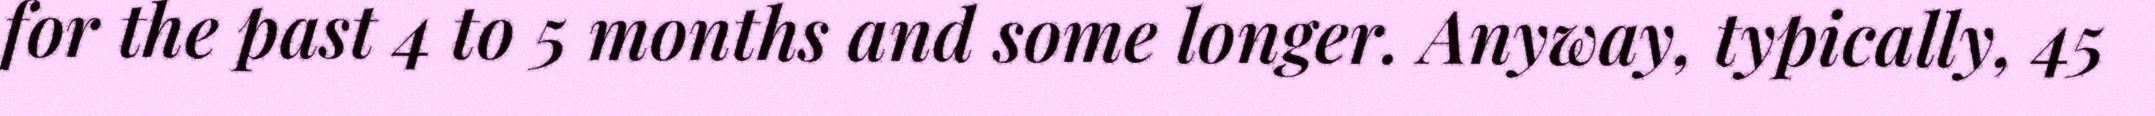
for the past 4 to 5 months and some longer. Anyway, typically, 45